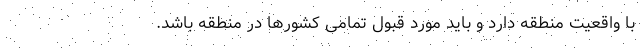
با واقعیت منطقه دارد و باید مورد قبول تمامی کشورها در منطقه باشد.